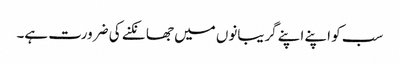
سب کو اپنے اپنے گریبانوں میں جھانکنے کی ضرورت ہے۔